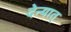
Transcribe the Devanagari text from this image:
देन्यात्